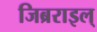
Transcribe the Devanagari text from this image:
जिब्रराइल्